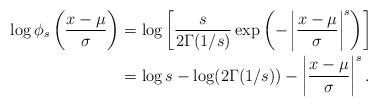
\begin{align*}\log\phi_s\left( \frac{x-\mu}{\sigma} \right)&=\log\left[\frac{s}{2\Gamma(1/s)}\exp\left( -\left|\frac{x-\mu}{\sigma} \right|^s \right)\right]\\&=\log s-\log(2\Gamma(1/s))-\left| \frac{x-\mu}{\sigma} \right|^s.\end{align*}